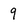
Character: 9